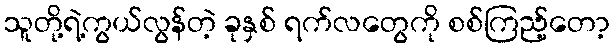
သူတို့ရဲ့ကွယ်လွန်တဲ့ ခုနှစ် ရက်လတွေကို စစ်ကြည့်တော့